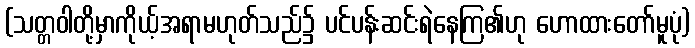
(သတ္တဝါတို့မှာကိုယ့်အရာမဟုတ်သည်၌ ပင်ပန်းဆင်းရဲနေကြ၏ဟု ဟောထားတော်မူပုံ)